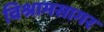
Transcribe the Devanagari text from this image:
विश्रामसागर